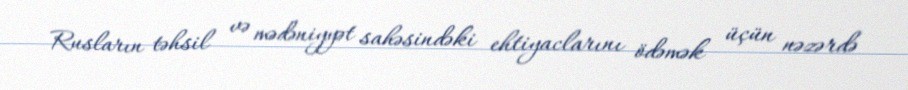
Rusların təhsil və mədəniyyət sahəsindəki ehtiyaclarını ödəmək üçün nəzərdə